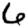
Digit: 6